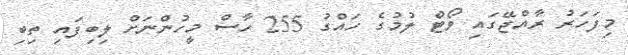
މިފަހަރު ރާއްޖޭގައި ވޯޓް ލުމުގެ ހައްގު 255 ހާސް މީހުންނަށް ލިބިފައި ތިބި